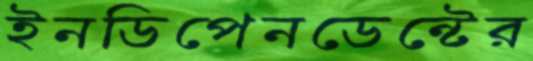
ইনডিপেনডেন্টের